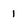
Character: 1